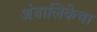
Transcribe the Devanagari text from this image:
अंबालिकेचा